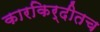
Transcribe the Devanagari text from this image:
कारकिर्दीतच